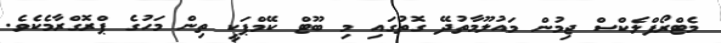
މެޓްރޯފްލެކްސް ޖިމުން މައުލޫމާތުދޭ ގޮތުގައި މި ބޫޓް ކޭމްޕަކީ ތިން މަހުގެ ޕްރޮގްރާމެކެވެ.